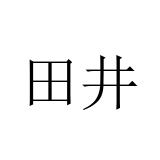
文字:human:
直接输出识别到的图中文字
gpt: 田井